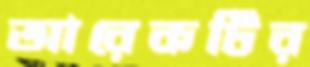
আরেকটির